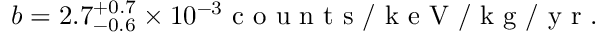
b = 2 . 7 _ { - 0 . 6 } ^ { + 0 . 7 } \times 1 0 ^ { - 3 } \mathrm { ~ c ~ o ~ u ~ n ~ t ~ s ~ / ~ k ~ e ~ V ~ / ~ k ~ g ~ / ~ y ~ r ~ } .